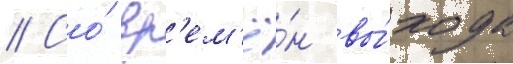
// Со́ вр'ем'ё́н вы́хода